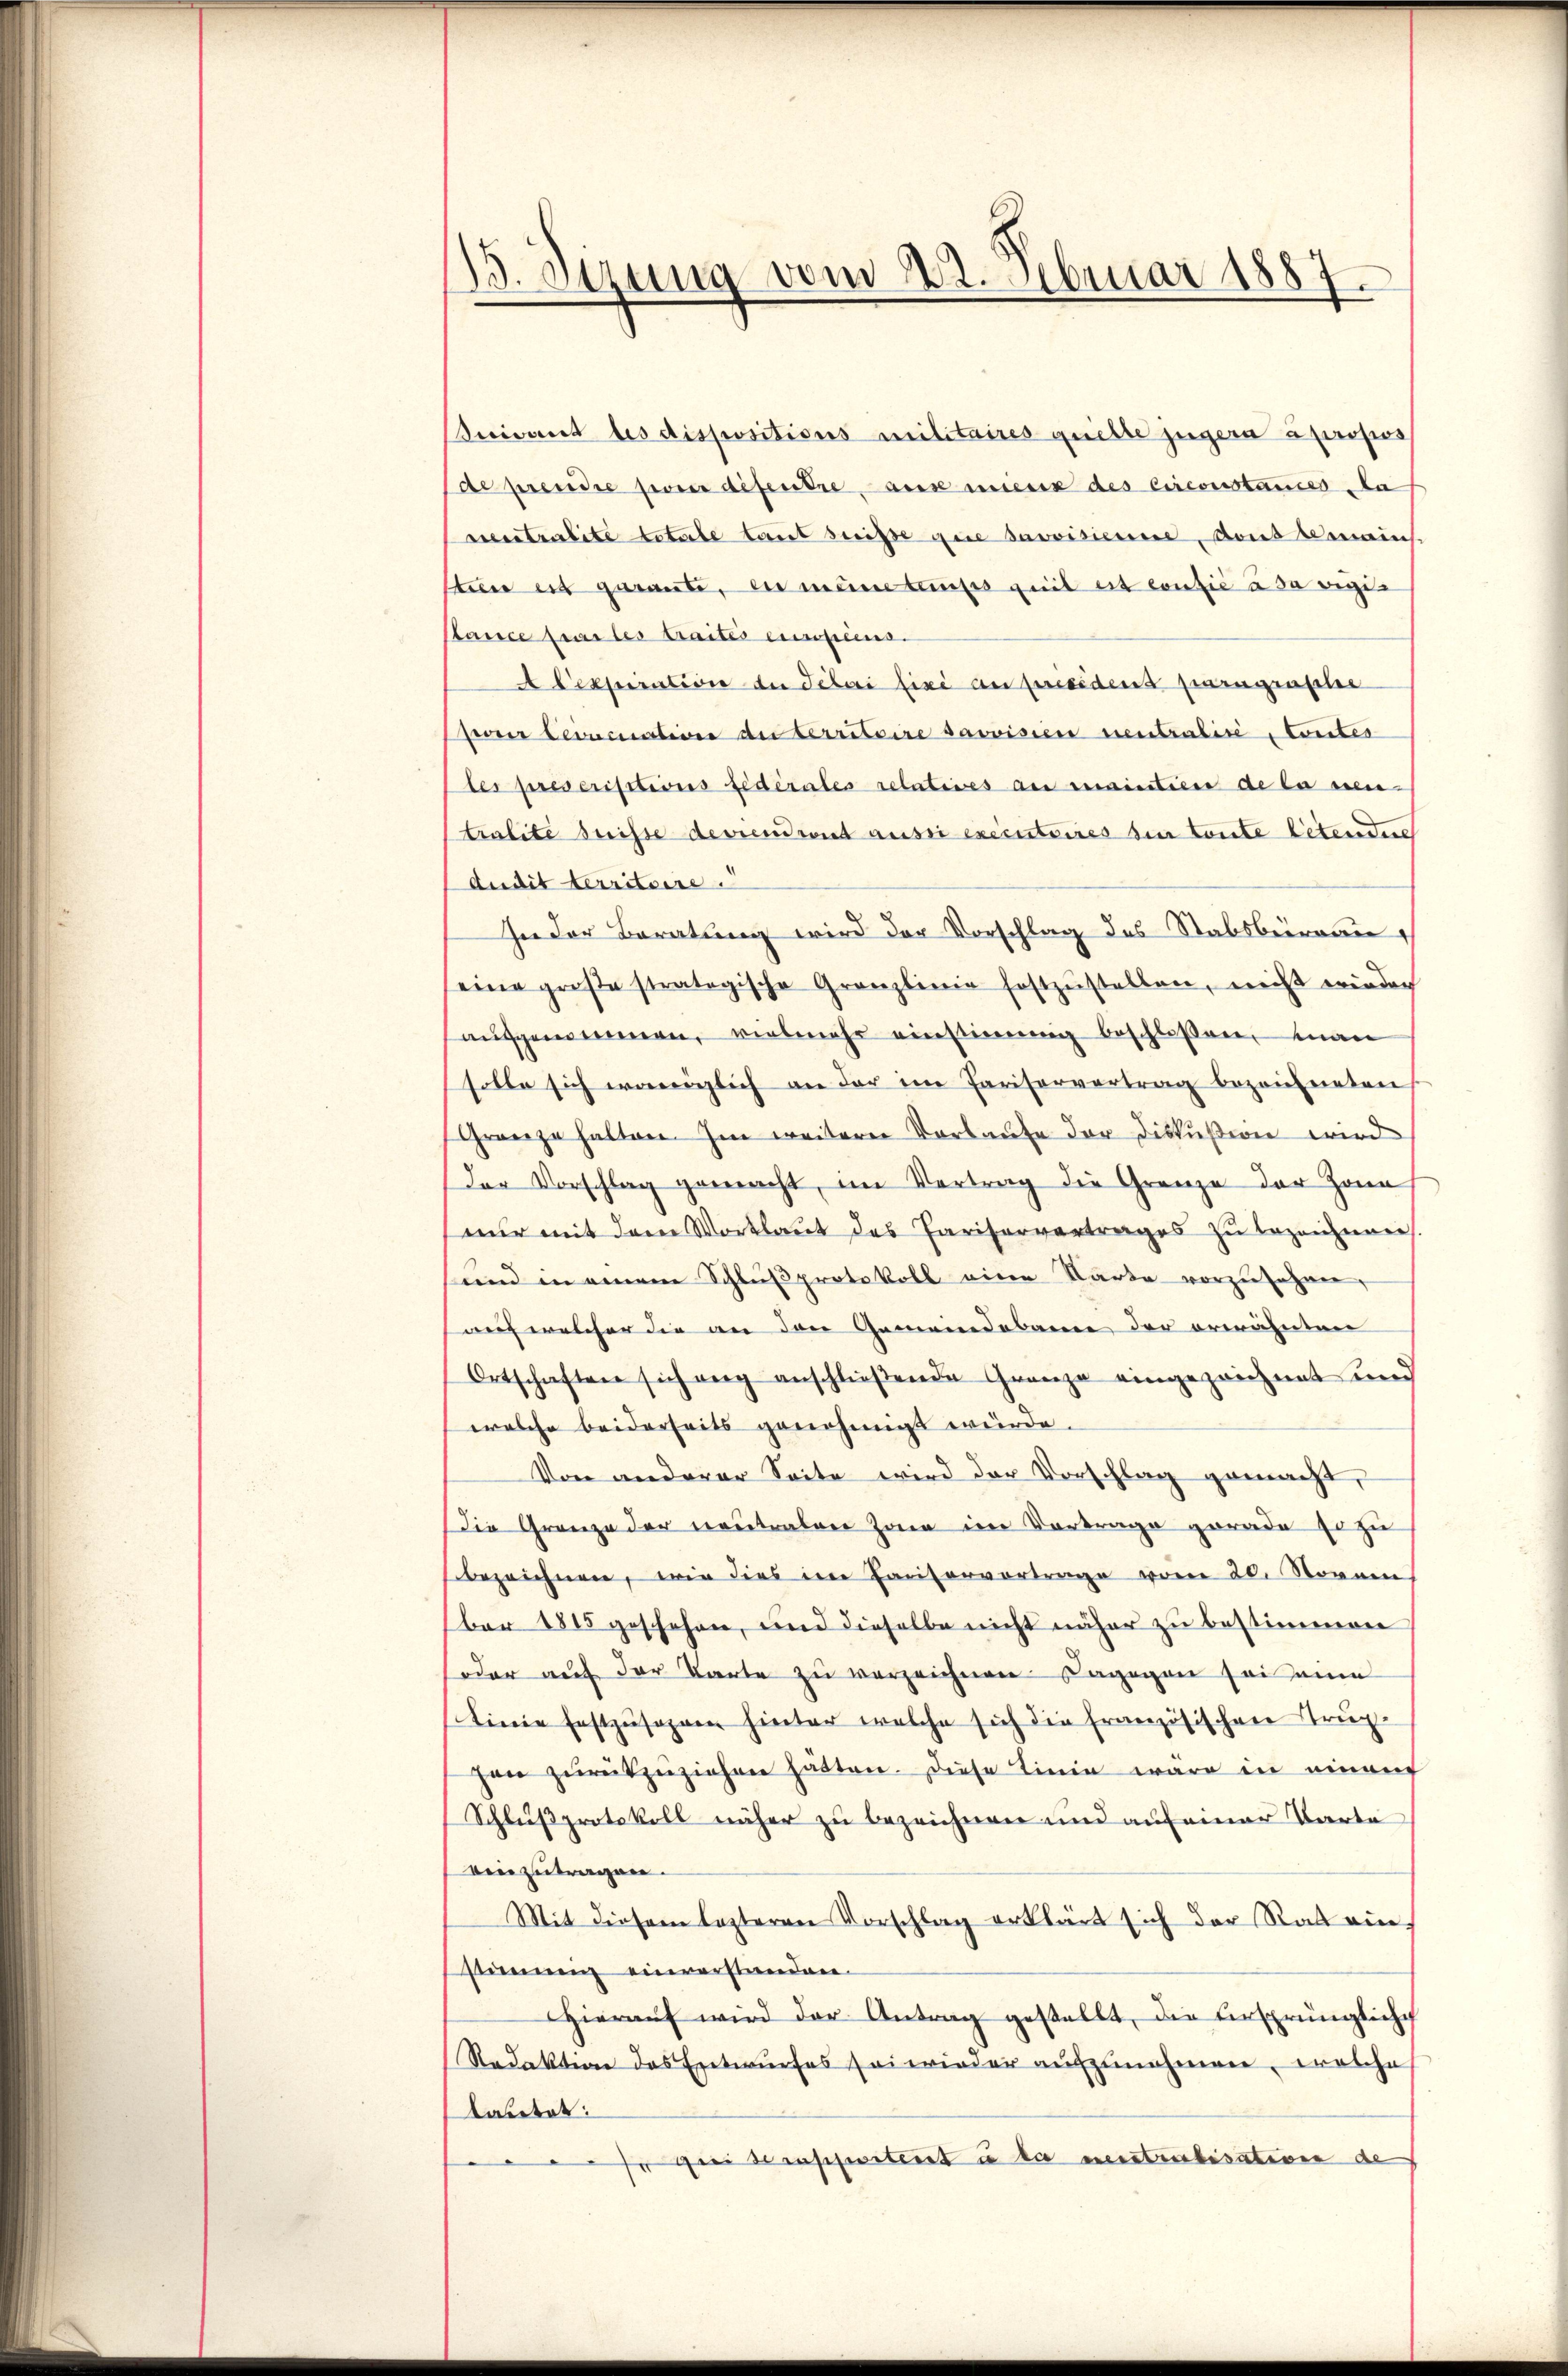
13. Sizung vom 22. Februar 1887

Auivant les dispositions militaires quelle jugera propos
de prendre pour defentre ause mierin des circonstances da
eeintralite totale laut suisse gere Savvisiemme, sont demein
ten es geraube, er meine tauses geeil est contie à sa vigi
Sauce par les traités einsens.
A Cexpiration der Sebai fixé au president paragraphe
evier bevocation des territoire savoisier neutralite Contes
des preseristtions fédérales relatives an maintien de la ven-
tralite beisse deviendroit aussi executoires sie toute litenden
Audit territoire.
In der Beratung wird der Vorschlag des Stabsbureau
seine große stratogische Granzlinie festzŭstellen, nicht wieder
aŭfgenommen, vielmehr einstiṁig beschloßen, man
solle sich weniglich an der im Pariservertrag bezeichneten
Gränze halten. Im weiterer Vorkaufe der Diskußion wird
Der Vorschlag gemacht, im Vertrag die Grenze der Jonas
nur mit dem Wortlaut des Pariservertrages zu bezeichnen
und in einem Schlußprotokoll eine Karte vorzusehen,
auf welcher die an den Gemeindebame der erwähnten
Ortschaften sich ang anschließende Grenze eingezeichnet und
welche beiderseits genehmigt würde.
Von anderer Seite wird der Vorschlag gemacht,
die Grenze der neutralen Zonen im Vortrage gerade Er zu
bezeichnen, wie dies im Cantorvertrage vom 20. Novem
ber 1815 geschehen, und dieselbe nicht näher zu bestimmen
oder auf der Karte zu verzeichnen. Dagegen sei eine
Linie festzusagen hinter welche sich die französischen Truphen zurückzuziehen hätten. Diese Linie wäre in einem
Schlußprotokoll näher zu bezeichnen und auf einer Parte
einzutragen.
Mit diesem lezteren Vorschlag erklärt sich der Rat ein
stimmung einverstanden.
Hieraŭf wird der Antrag gestellt, die ursprüngliche
Redaktion des Entwŭrfes sei wieder aŭfzŭnehmen, welche
Casetat:
 gei denscheitert u die neuntertisativen de